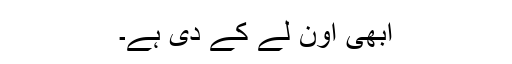
ابھی اون لے کے دی ہے۔